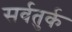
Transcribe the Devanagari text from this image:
सर्वतुर्क